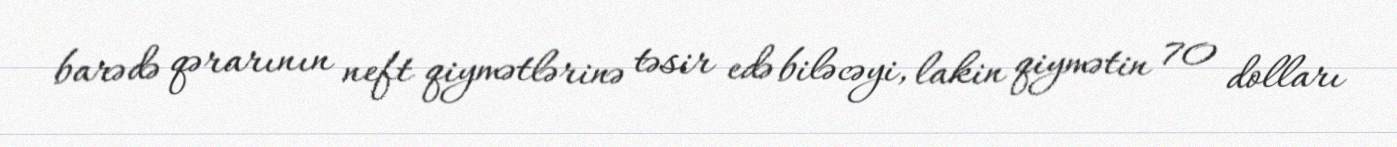
barədə qərarının neft qiymətlərinə təsir edə biləcəyi, lakin qiymətin 70 dolları